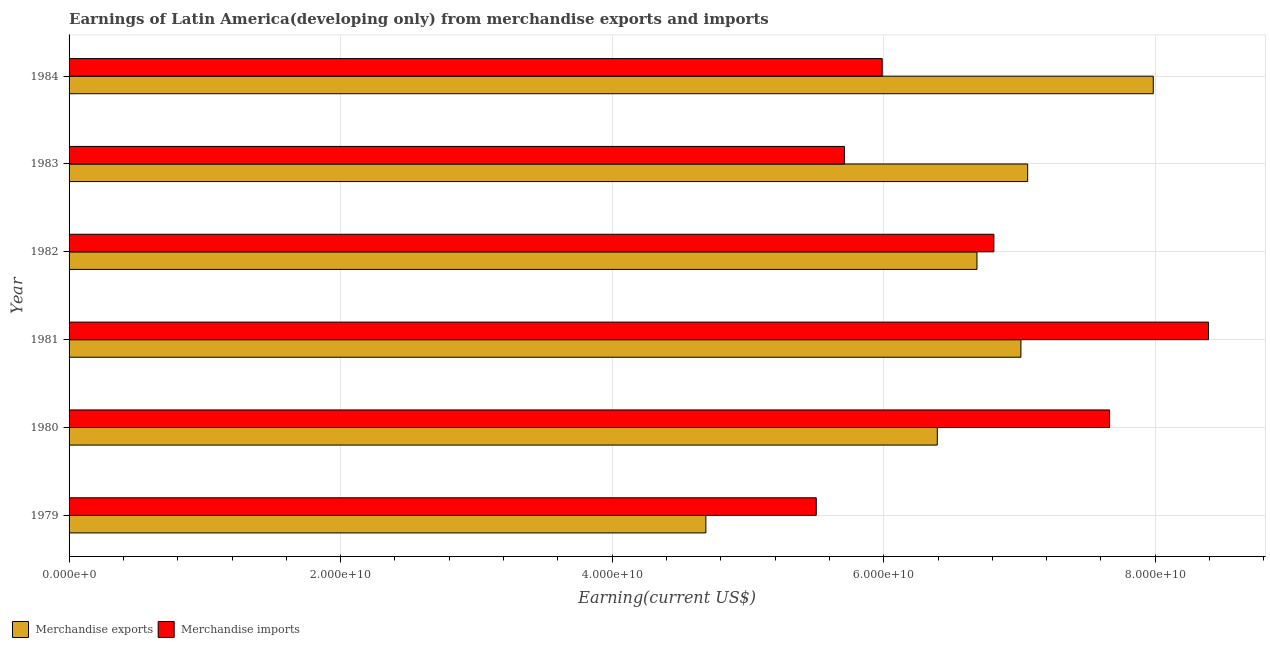
| Year | Merchandise exports | Merchandise imports |
 | --- | --- | --- |
 | 1979 | 4.69e+10 | 5.5e+10 |
 | 1980 | 6.4e+10 | 7.66e+10 |
 | 1981 | 7.01e+10 | 8.39e+10 |
 | 1982 | 6.69e+10 | 6.81e+10 |
 | 1983 | 7.06e+10 | 5.71e+10 |
 | 1984 | 7.99e+10 | 5.99e+10 |